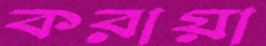
করায়া